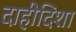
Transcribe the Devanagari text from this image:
दाहीदिशा